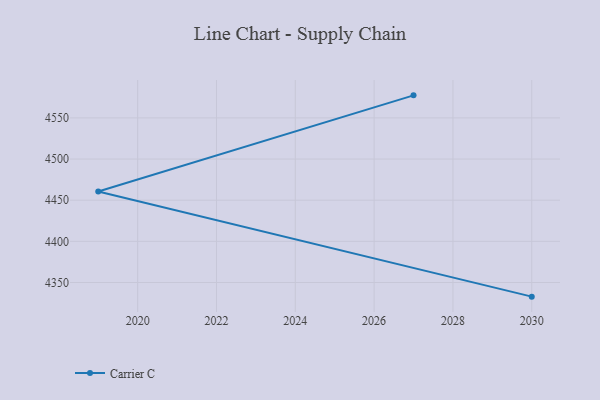
{"axis": {"x": "Year", "y": "Operating Costs (USD K)"}, "legend": ["Carrier C"], "data": [{"x": "2030", "y": 4332.8, "type": "Carrier C"}, {"x": "2019", "y": 4460.5, "type": "Carrier C"}, {"x": "2027", "y": 4577.4, "type": "Carrier C"}]}